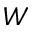
W